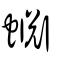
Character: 蜵